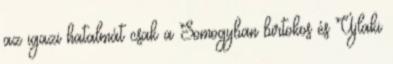
az igazi hatalmát csak a Somogyban birtokos és Újlaki